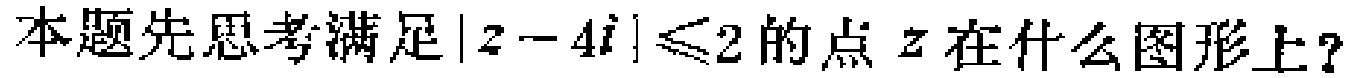
本题先思考满足\(|z - 4i|\leq2\)的点\(z\)在什么图形上？